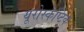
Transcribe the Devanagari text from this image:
यूरोस्केप्टिक